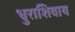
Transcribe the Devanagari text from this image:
धुराशिवाय